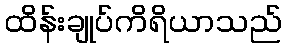
ထိန်းချုပ်ကိရိယာသည်